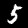
Label: 5